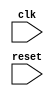
module PCIe_Controller (
    input wire clk,
    input wire reset,
    // Other input/output ports
);

// Timing control block
always @(posedge clk or posedge reset) begin
    if (reset) begin
        // Reset timing control logic
    end else begin
        // Implement timing control logic here
    end
end

// Synchronization block
always @(posedge clk or posedge reset) begin
    if (reset) begin
        // Reset synchronization logic
    end else begin
        // Implement synchronization logic here
    end
end

// Other Verilog code for the PCI Express bus controller design

endmodule